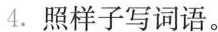
4.照样子写词语。